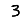
Digit: 3